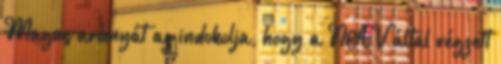
Magas arányát az indokolja, hogy a NAV által végzett